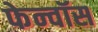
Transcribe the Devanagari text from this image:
फेन्‍वॉस